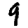
Digit: 9